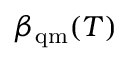
\beta _ { \mathrm { q m } } ( T )